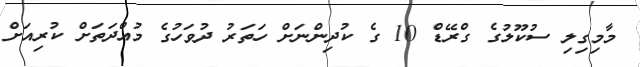
މާމިގިލި ސުކޫލުގެ ގްރޭޑް 10 ގެ ކުދިންނަށް ހަތަރު ދުވަހުގެ މުއްދަަތަށް ކުރިއަށް